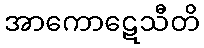
အာကောဋေသီတိ